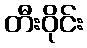
တီးဝိုင်း